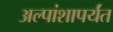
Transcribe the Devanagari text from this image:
अल्पांशापर्यंत